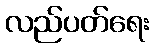
လည်ပတ်ရေး